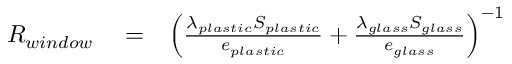
\begin{array} { r l r } { R _ { w i n d o w } } & { { } = } & { \left( \frac { \lambda _ { p l a s t i c } S _ { p l a s t i c } } { e _ { p l a s t i c } } + \frac { \lambda _ { g l a s s } S _ { g l a s s } } { e _ { g l a s s } } \right) ^ { - 1 } } \end{array}